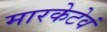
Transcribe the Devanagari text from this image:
मारकेटेवं